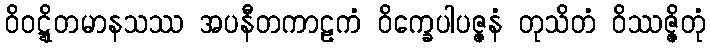
ဝိဝဋ္ဋိတမာနသဿ အပနီတကာဠကံ ဝိက္ခေပါပဇ္ဇနံ တုသိတံ ဝိဿဇ္ဇိတုံ